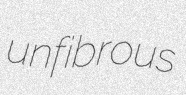
unfibrous